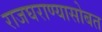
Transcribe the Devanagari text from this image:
राजघराण्यासोबत